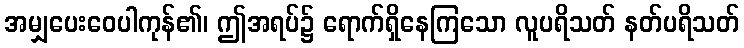
အမျှပေးဝေပါကုန်၏၊ ဤအရပ်၌ ရောက်ရှိနေကြသော လူပရိသတ် နတ်ပရိသတ်